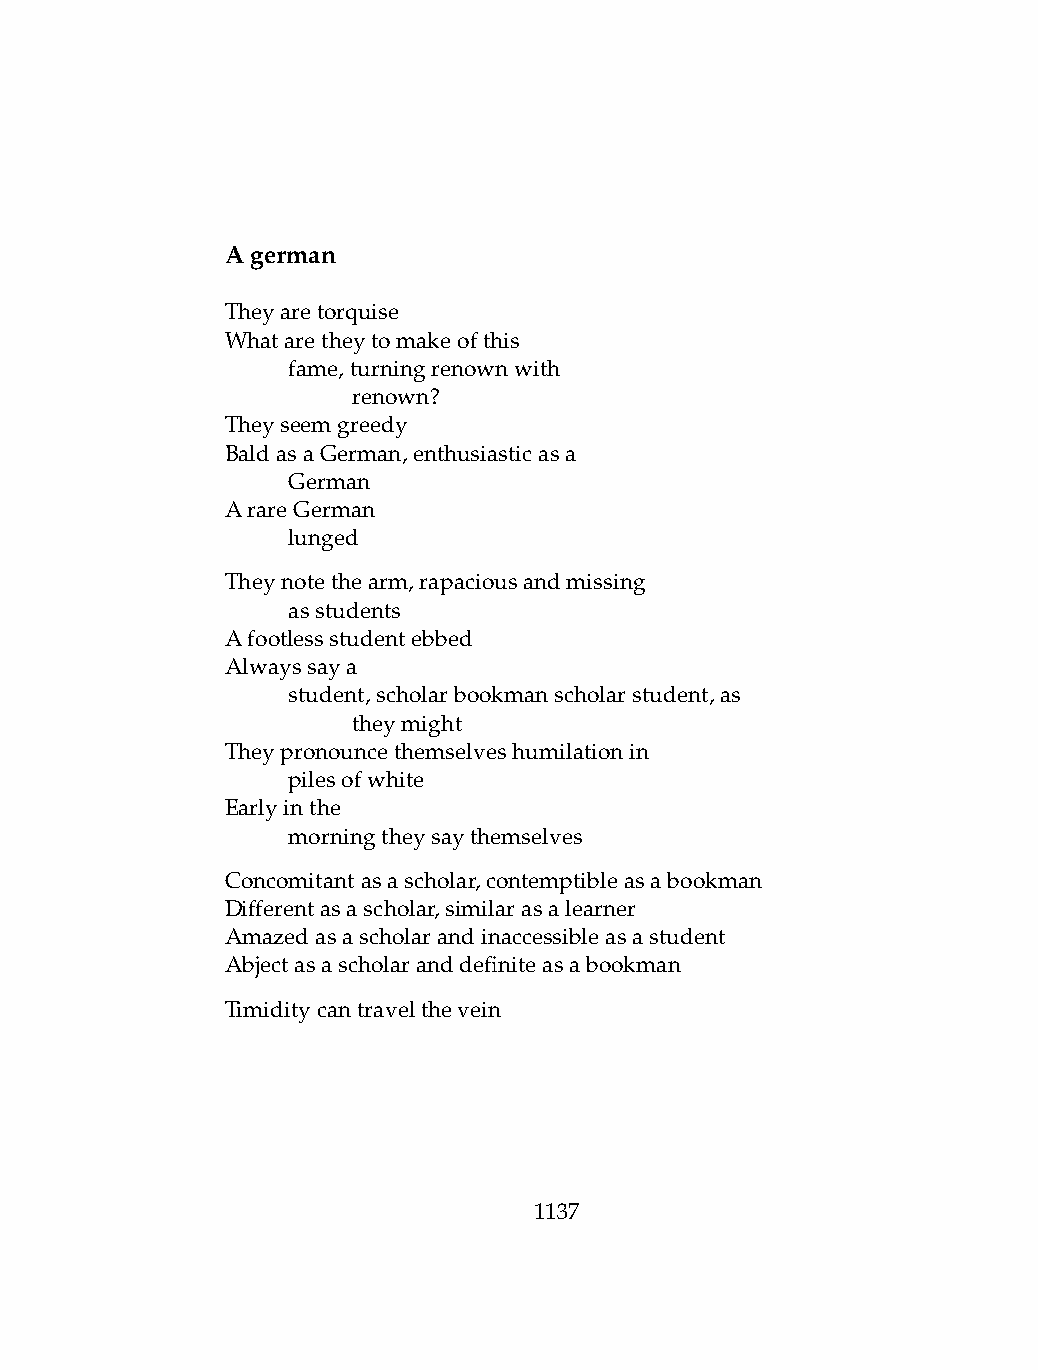
Agerman
 Theyaretorquise
 Whataretheytomakeofthis
 .   fame,turningrenownwith
 .   .   renown?
 Theyseemgreedy
 BaldasaGerman,enthusiasticasa
 .   German
 ArareGerman
 .   lunged
 Theynotethearm,rapaciousandmissing
 .   asstudents
 Afootlessstudentebbed
 Alwayssaya
 .   student,scholarbookmanscholarstudent,as
 .   .   theymight
 Theypronouncethemselveshumilationin
 .   pilesofwhite
 Earlyinthe
 .   morningtheysaythemselves
 Concomitantasascholar,contemptibleasabookman
 Differentasascholar,similarasalearner
 Amazedasascholarandinaccessibleasastudent
 Abjectasascholaranddefiniteasabookman
 Timiditycantravelthevein
 1137